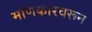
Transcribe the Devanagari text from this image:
मणिकारवरून